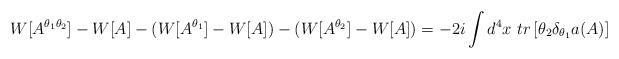
LaTeX: \begin{align*}W[A^{\theta_1\theta_2}]-W[A]-(W[A^{\theta_1}]-W[A])-(W[A^{\theta_2}]-W[A])=-2i\int d^4 x\ tr\left[\theta_2\delta_{\theta_1}a(A)\right] \end{align*}